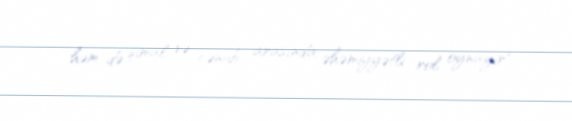
həm də şimal və cənub arasında əhəmiyyətli rol oynayır".